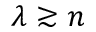
\lambda \gtrsim n